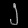
Digit: ၂